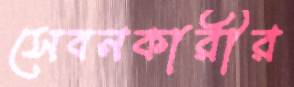
সেবনকারীর